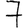
Digit: 7